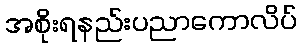
အစိုးရနည်းပညာကောလိပ်